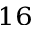
^ { 1 6 }